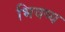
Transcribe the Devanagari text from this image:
भिवष्य